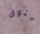
يتوق